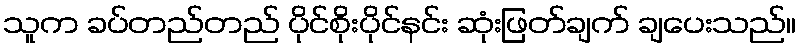
သူက ခပ်တည်တည် ပိုင်စိုးပိုင်နင်း ဆုံးဖြတ်ချက် ချပေးသည်။